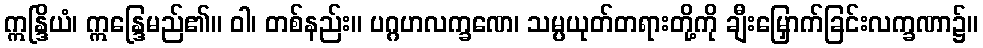
ဣန္ဒြိယံ၊ ဣန္ဒြေမည်၏။ ဝါ၊ တစ်နည်း။ ပဂ္ဂဟလက္ခဏေ၊ သမ္ပယုတ်တရားတို့ကို ချီးမြှောက်ခြင်းလက္ခဏာ၌။